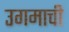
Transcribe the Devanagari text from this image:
उगमाची